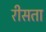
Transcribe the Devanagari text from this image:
रीसता